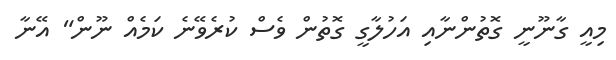
މިއީ ގާނޫނީ ގޮތުންނާއި އަހުލާގީ ގޮތުން ވެސް ކުރެވޭނެ ކަމެއް ނޫން" އޭނާ